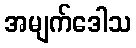
အမျက်ဒေါသ